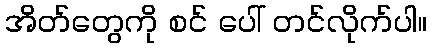
အိတ်တွေကို စင် ပေါ် တင်လိုက်ပါ။